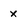
Character: x